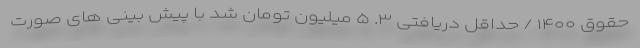
حقوق ۱۴۰۰ / حداقل دریافتی ۳. ۵ میلیون تومان شد با پیش بینی های صورت